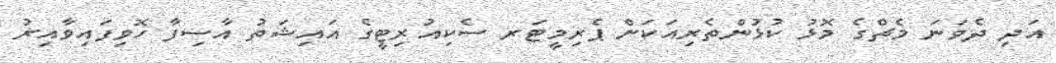
އަދި ދެވަނަ މެޗްގެ މޮޅު ކުޅުންތެރިއަކަށް ޕެރިމީޓަރ ސެކިއުރިޓީގެ އައިޝަތު އާސިފާ ހޮވިފައިވާއިރު